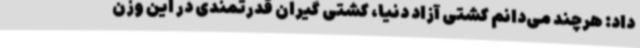
داد: هرچند می‌دانم کشتی آزاد دنیا، کشتی گیران قدرتمندی در این وزن